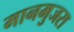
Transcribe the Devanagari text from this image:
मानमुजरा